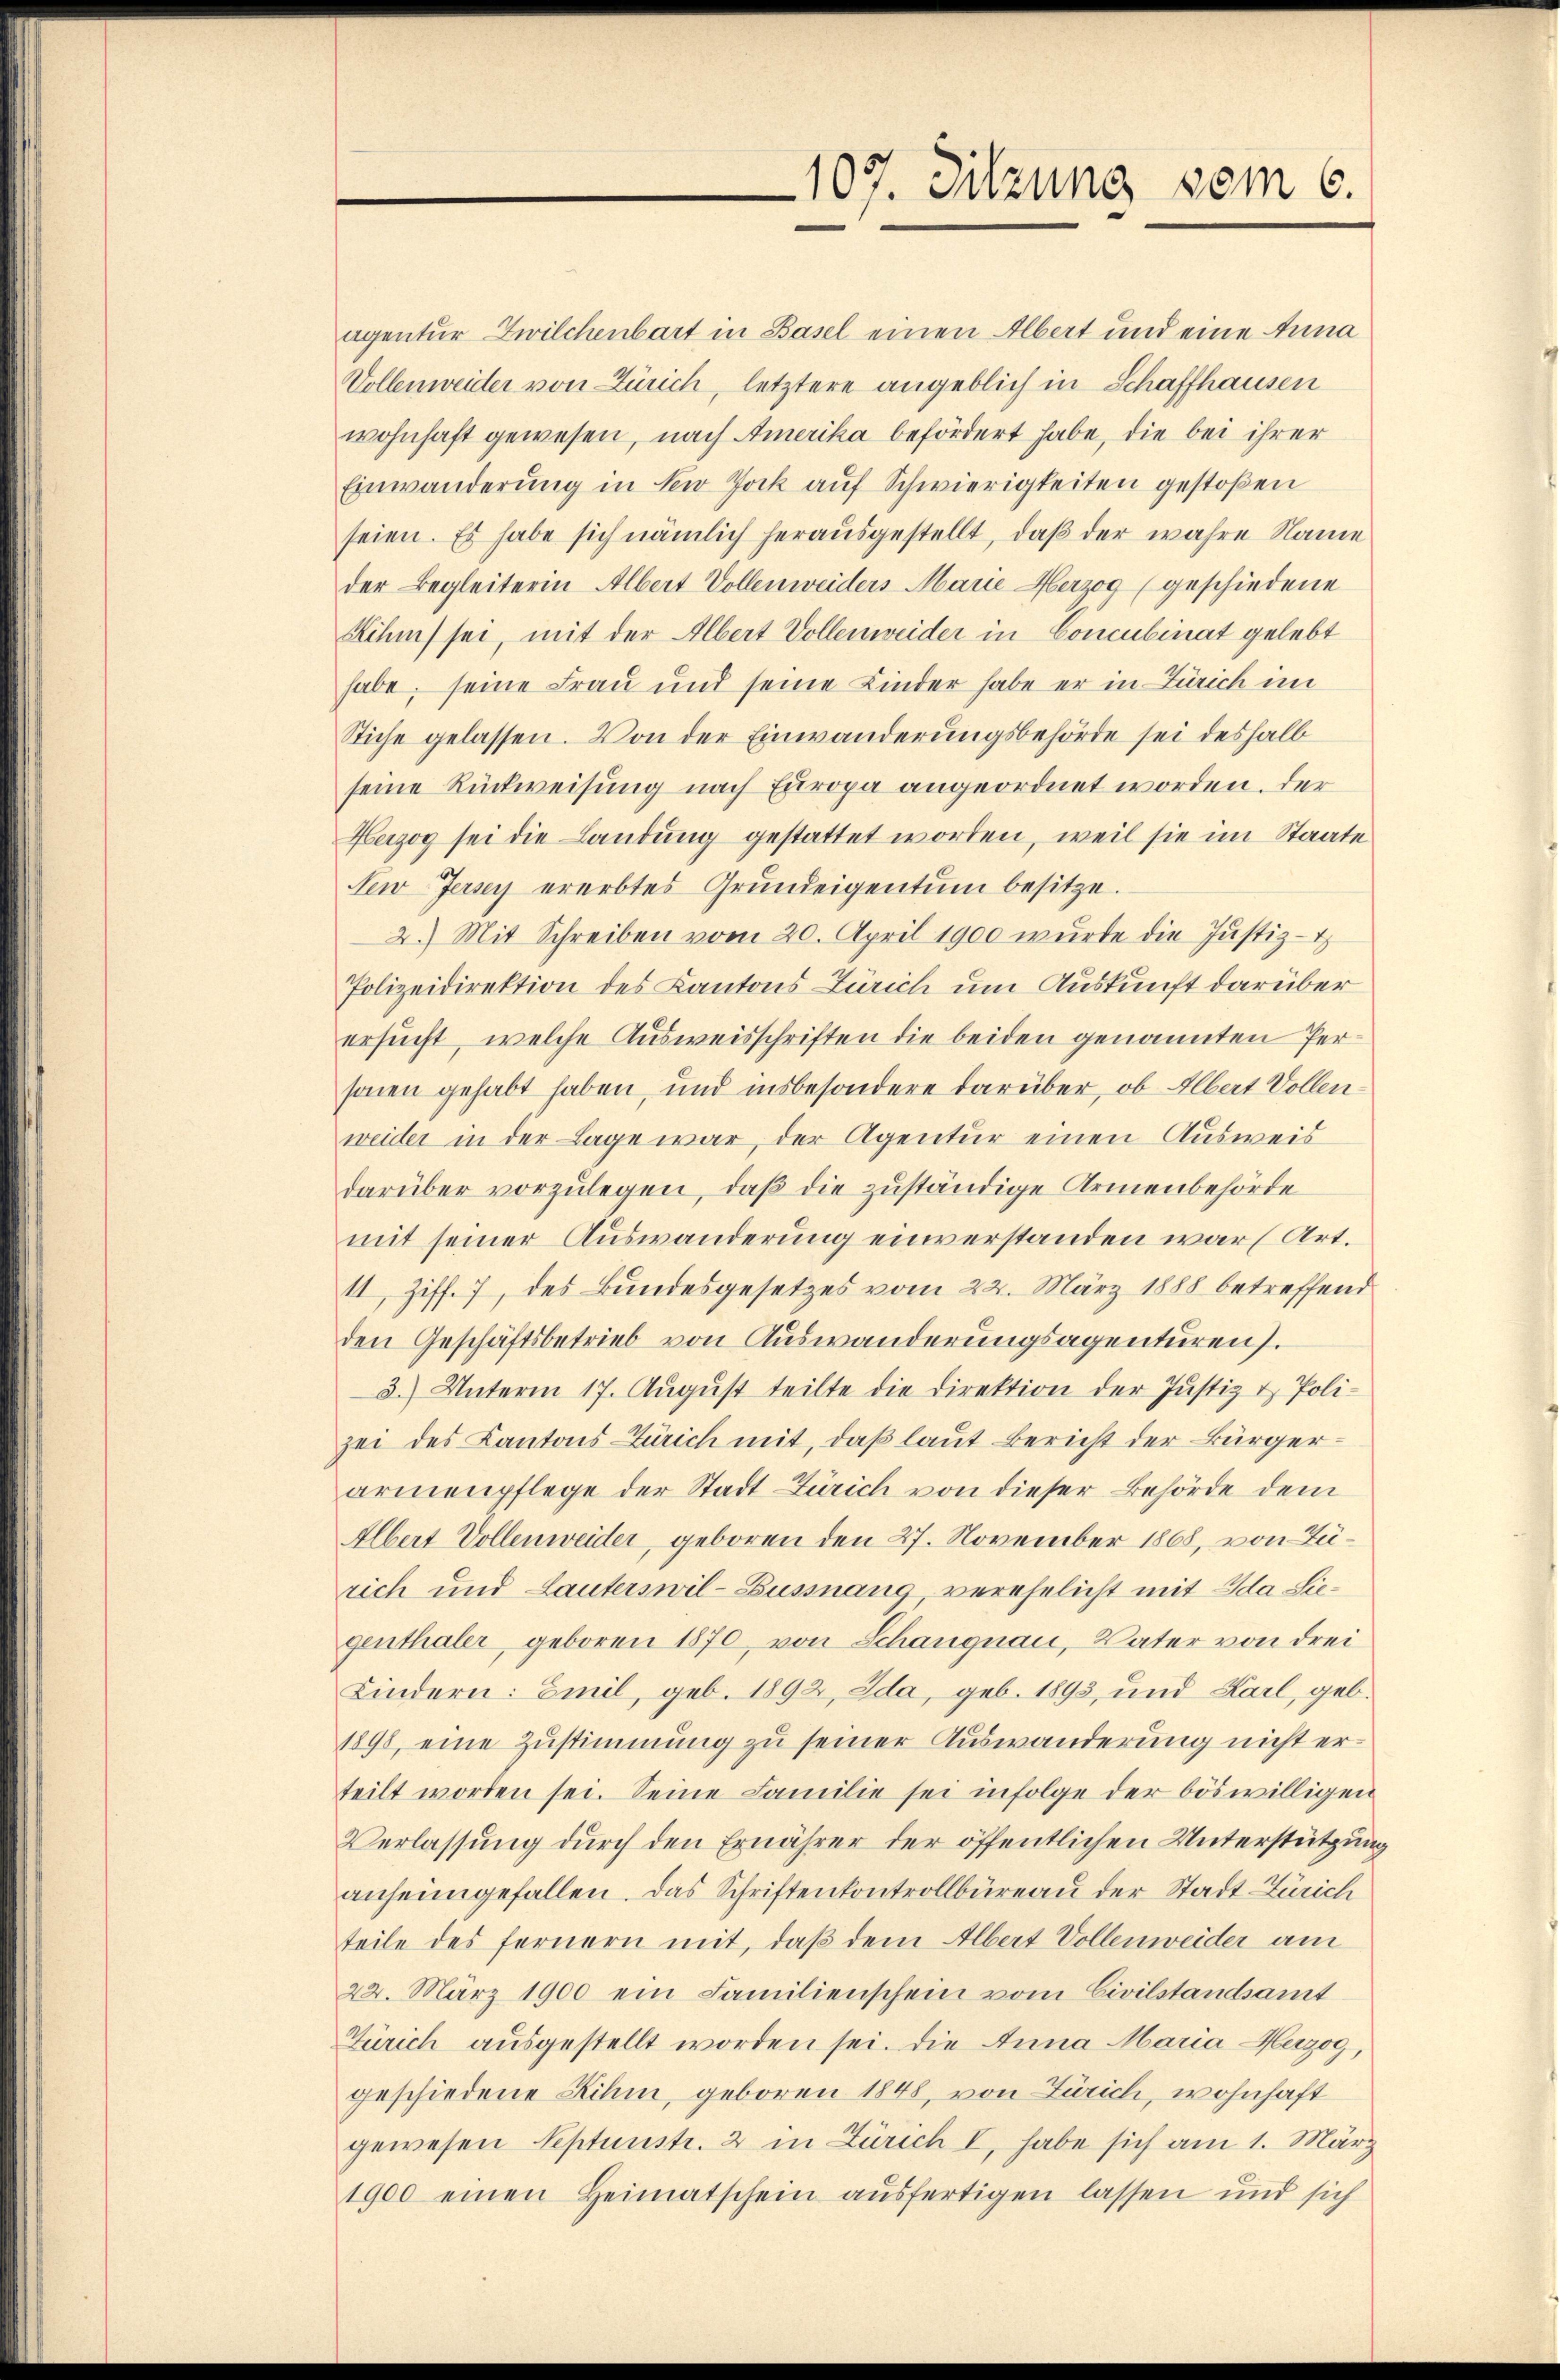
agentur Zwilchenbart in Basel einen Albert und eine Anna
Vollenweider von Zürich, letztere angeblich in Schaffhausen
wohnhaft gewesen, nach Amerika befördert habe, die bei ihrer
Einwanderung in New Jock auf Schwierigkeiten gestoßen
seien. Es habe sich nämlich herausgestellt, daß der wahre Name
der Begleiterin Albert Vollenweiders Marie Herzog (geschiedene
Kihm sei, mit der Albert Vollenweider in Concubinat gelebt
habe, seine Frau und seine Kinder habe er in Zürich im
Stiche gelassen. Von der Einwanderungsbehörde sei deshalb
seine Rückweisung nach Europa angeordnet worden. Der
Herzog sei die Landung gestattet worden, weil sie im Staate
Sew Jersey ererbtes Grundeigentum besitze.
2.) Mit Schreiben vom 20. April 1900 wurde die Justiz-
Polizeidirektion des Kantons Zürich um Auskunft darüber
ersucht, welche Ausweisschriften die beiden genannten Personen gehabt haben, und insbesondere darüber, ob Albert Vollenweider in der Lage war, der Agentur einen Ausweis
darüber vorzŭlegen, daβ die zuständige Armenbehörde
mit seiner Auswanderung einverstanden war (Art.
11, Ziff. 7, des Bundesgesetzes vom 22. März 1888 betreffend
den Geschäftsbetrieb von Auswanderungsagenturen).
3.) Unterm 17. Aŭgŭst teilte die Direktion der Justiz & Poli-
zei des Kantons Zürich mit, daß laut Bericht der Bürgerarmenpflege der Stadt Zürich von dieser Behörde dem
Albert Vollenweider, geboren den 27. November 1868, von Zürich und Lauterswil-Zussnang, verehelicht mit Ida Siegenthaler, geboren 1870, von Schangnau, Vater von drei
Kindern: Emil, geb. 1892, Ida, geb. 1893, und Karl, geb.
1898, eine Zustimmung zu seiner Auswanderung nicht erteilt worden sei. Seine Familie sei infolge der böswilligen
Verlassung durch den Ernährer der öffentlichen Unterstützung
anheimgefallen. Das Schriftenkontrollbüreau der Stadt Zürich
teile des fernern mit, daß dem Albert Vollenweider am
22. März 1900 ein Familienschein vom Civilstandsamt
Zürich ausgestellt worden sei. Die Anna Maria Herzog,
geschiedene Zihm, geboren 1848, von Zürich, wohnhaft
gewesen Septunstr. 2 in Zürich I, habe sich am 1. März
1900 einen Heimatschein ausfertigen lassen und sich

107. Sitzung vom 6.